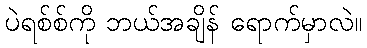
ပဲရစ်စ်ကို ဘယ်အချိန် ရောက်မှာလဲ။